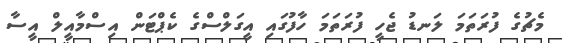
މެޗުގެ ފުރަތަމަ ލަނޑު ޖެހީ ފުރަތަމަ ހާފުގައި އީގަލްސްގެ ކެޕްޓަން އިސްމާއީލް އީސާ